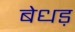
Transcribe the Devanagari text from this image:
बेधड़